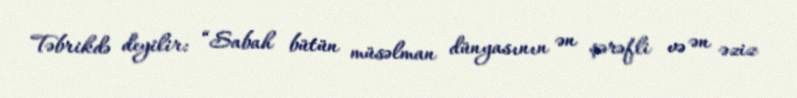
Təbrikdə deyilir: “Sabah bütün müsəlman dünyasının ən şərəfli və ən əziz